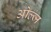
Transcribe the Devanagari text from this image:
ओल्ज